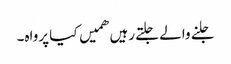
جلنے والے جلتے رہیں ھمیں کیا پرواہ۔